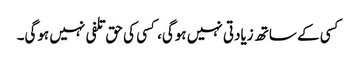
کسی کے ساتھ زیادتی نہیں ہوگی، کسی کی حق تلفی نہیں ہوگی۔